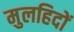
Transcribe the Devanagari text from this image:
मुलहिदों